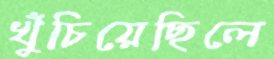
খুঁচিয়েছিলে